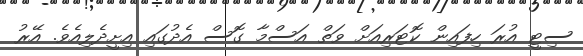
ސިޓީ އުރަ ހިފައިން ކޮޓަރިއަށް ވަތް އަސްމާ ގޮސް އެދުގައި އިށީދެލިއެވެ. އޭރު